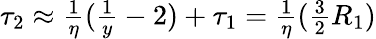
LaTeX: \begin{array}{r}{\tau_{2}\approx\frac{1}{\eta}(\frac{1}{y}-2)+\tau_{1}=\frac{1}{\eta}(\frac{3}{2}R_{1})}\end{array}